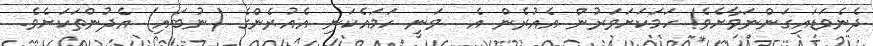
ދެނެވަޑައިގަންނަވާށެވެ! ހަމަކަށަވަރުން އެއުރެން އެ  ވަނީ ހަމައެކަނި އެއުރެންގެ (ނުބައި) އެދުންތަކަށެވެ.